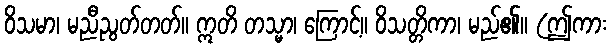
ဝိသမာ၊ မညီညွတ်တတ်။ ဣတိ တသ္မာ၊ ကြောင့်။ ဝိသတ္တိကာ၊ မည်၏။ (ဤကား